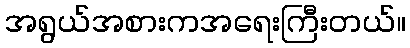
အရွယ်အစားကအရေးကြီးတယ်။